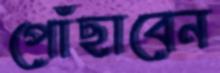
পোঁছাবেন